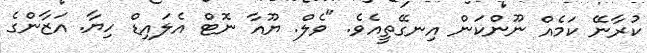
ކުރާނޭ ކަމެއް ނޫންކަން އިނގޭތީއެވެ. "ވެލް. ޔޫއާ ނޮޓް އެލައިޑް ހިޔާ. އަޒާންގެ